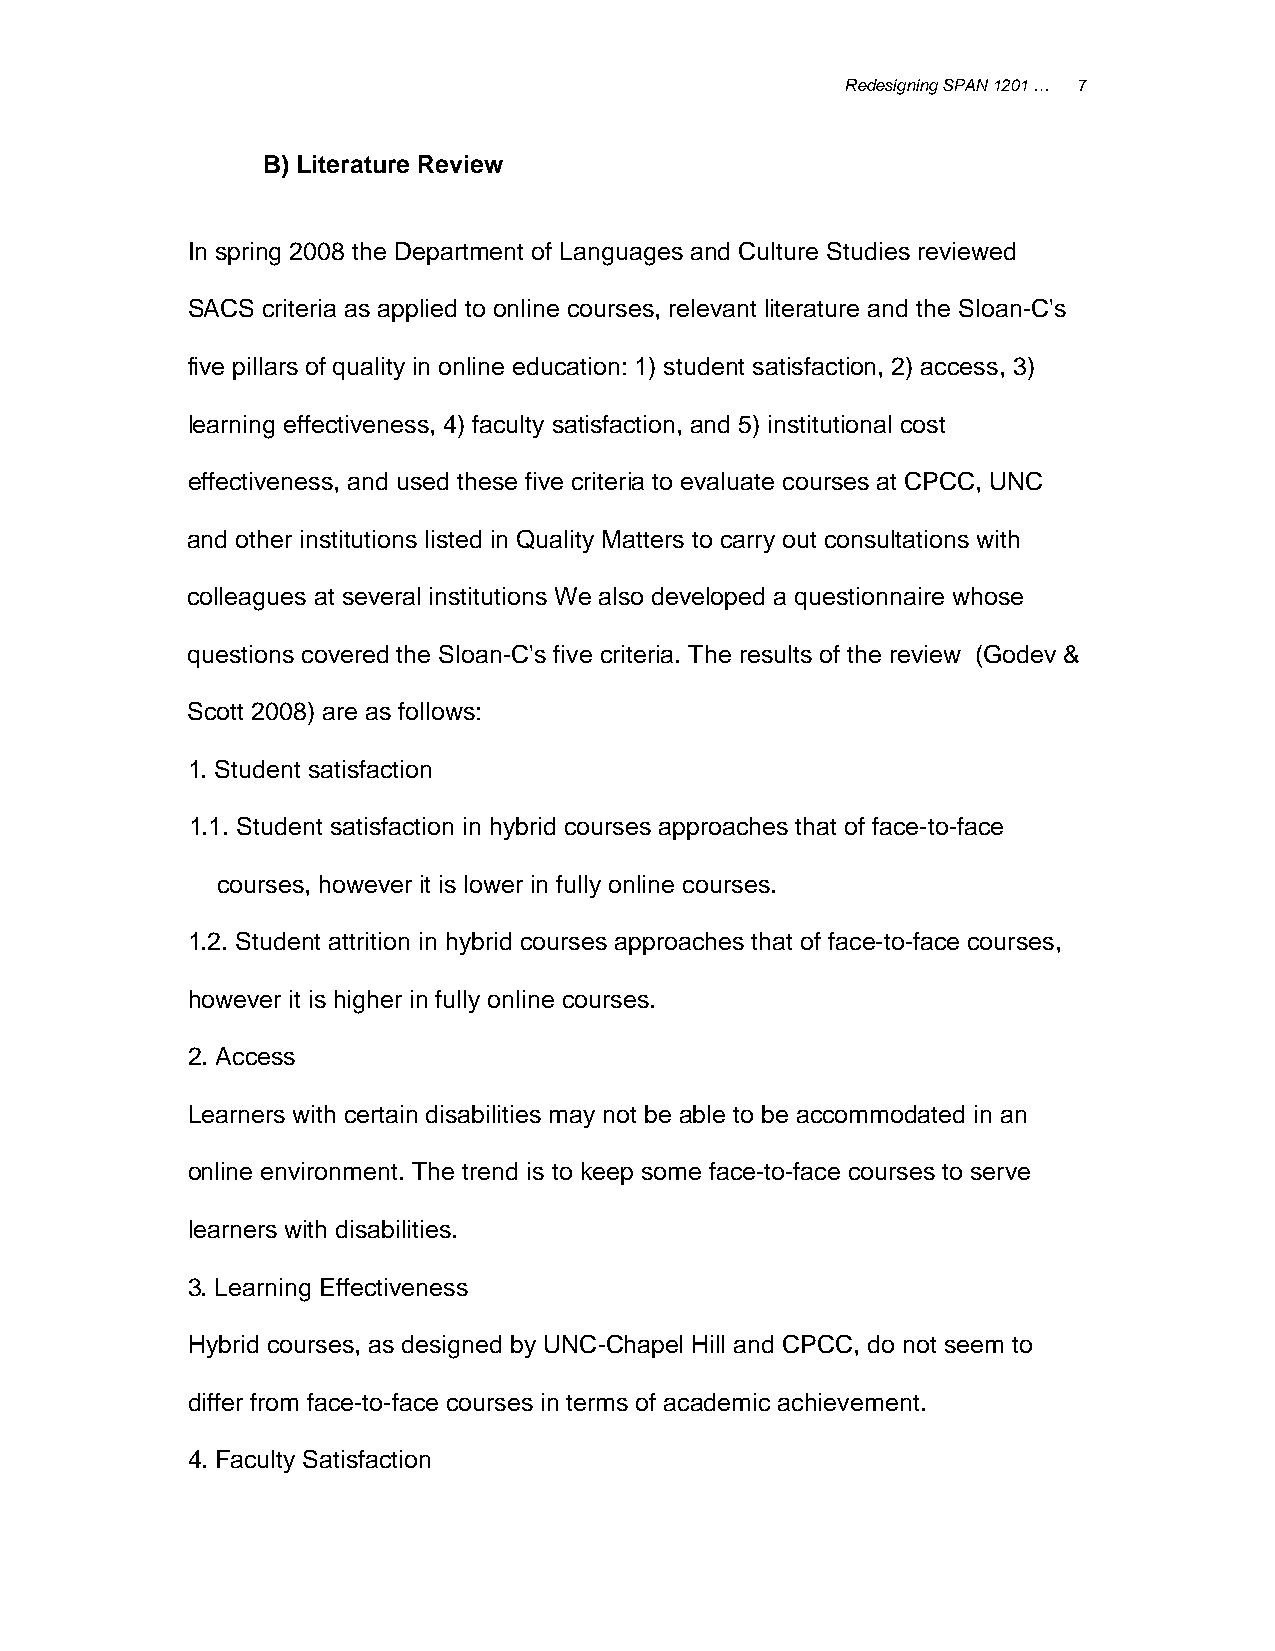
Redesigning SPAN 1201 … 7
 B) Literature Review
 In spring 2008 the Department of Languages and Culture Studies reviewed
 SACS criteria as applied to online courses, relevant literature and the Sloan-C's
 five pillars of quality in online education: 1) student satisfaction, 2) access, 3)
 learning effectiveness, 4) faculty satisfaction, and 5) institutional cost
 effectiveness, and used these five criteria to evaluate courses at CPCC, UNC
 and other institutions listed in Quality Matters to carry out consultations with
 colleagues at several institutions We also developed a questionnaire whose
 questions covered the Sloan-C's five criteria. The results of the review (Godev &
 Scott 2008) are as follows:
 1. Student satisfaction
 1.1. Student satisfaction in hybrid courses approaches that of face-to-face
 courses, however it is lower in fully online courses.
 1.2. Student attrition in hybrid courses approaches that of face-to-face courses,
 however it is higher in fully online courses.
 2. Access
 Learners with certain disabilities may not be able to be accommodated in an
 online environment. The trend is to keep some face-to-face courses to serve
 learners with disabilities.
 3. Learning Effectiveness
 Hybrid courses, as designed by UNC-Chapel Hill and CPCC, do not seem to
 differ from face-to-face courses in terms of academic achievement.
 4. Faculty Satisfaction